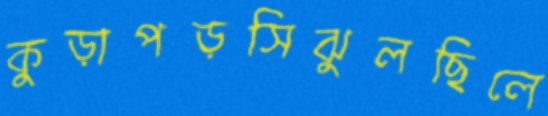
কুড়াপড়সিঝুলছিলে